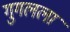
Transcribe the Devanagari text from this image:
गुगलला